Vaccination in the Punjab 1905-1918 - 1905-1918
Year: 1905
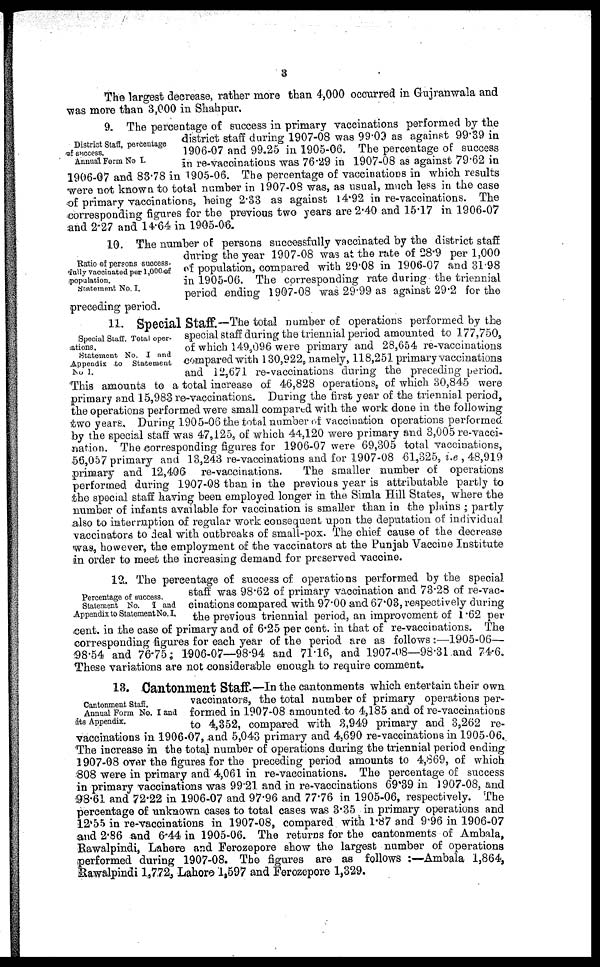
3
The largest decrease, rather more than 4,000 occurred in Gujranwala and
was more than 3,000 in Shahpur.
District Staff, percentage
of success.
Annual Form No I.
9. The percentage of success in primary vaccinations performed by the
district staff during 1907-08 was 99.09 as against 99.39 in
1906-07 and 99.25 in 1905-06. The percentage of success
in re-vaccinations was 76.29 in 1907-08 as against 79.62 in
1906-07 and 83.78 in 1905-06. The percentage of vaccinations in which results
were not known to total number in 1907-08 was, as usual, much less in the case
of primary vaccinations, being 2.33 as against 14.92 in re-vaccinations. The
corresponding figures for the previous two years are 2.40 and 15.17 in 1906-07
and 2.27 and 14.64 in 1905-06.
Ratio of persons success-
fully vaccinated per 1,000 of
population.
Statement No. I.
10. The number of persons successfully vaccinated by the district staff
during the year 1907-08 was at the rate of 28.9 per 1,000
of population, compared with 29.08 in 1906-07 and 31.98
in 1905-06. The corresponding rate during the triennial
period ending 1907-08 was 29.99 as against 29.2 for the
preceding period.
Special Staff. Total oper-
ations.
Statement No. I and
Appendix to Statement
No I.
11. Special Staff.—The total number of operations performed by the
special staff during the triennial period amounted to 177,750,
of which 149,096 were primary and 28,654 re-vaccinations
compared with 130,922 namely, 118,251 primary vaccinations
and 12,671 re-vaccinations during the preceding period.
This amounts to a total increase of 46,828 operations, of which 30,845 were
primary and 15,983 re-vaccinations During the first year of the triennial period,
the operations performed were small compared with the work done in the following
two years. During 1905-06 the total number of vaccination operations performed
by the special staff was 47,125, of which 44,120 were primary and 3,005 re-vacci-
nation. The corresponding figures for 1906-07 were 69,305 total vaccinations,
56,057 primary and 13,243 re-vaccinations and for 1907-08 61,325, i.e , 48,919
primary and 12,406 re-vaccinations.
The smaller number of operations
performed during 1907-08 than in the previous year is attributable partly to
the special staff having been employed longer in the Simla Hill States, where the
number of infants available for vaccination is smaller than in the plains ; partly
also to interruption of regular work consequent upon the deputation of individual
vaccinators to deal with outbreaks of small-pox. The chief cause of the decrease
was, however, the employment of the vaccinators at the Punjab Vaccine Institute
in order to meet the increasing demand for preserved vaccine.
Percentage of success.
Statement No. I and
Appendix to Statement No. I.
12. The percentage of success of operations performed by the special
staff was 98.62 of primary vaccination and 73.28 of re-vac-
cinations compared with 97.00 and 67.03, respectively during
the previous triennial period, an improvoment of 1.62 per
cent. in the case of primary and of 6.25 per cent. in that of re-vaccinations. The
corresponding figures for each year of the period are as follows :—1905-06—
98.54 and 76.75; 1906-07—98.94 and 71.16, and 1907-08—98.31 and 74.6.
These variations are not considerable enough to require comment.
Cantonment Staff.
Annual Form No. I and
its Appendix.
13. Cantonment Staff.—In the cantonments which entertain their own
vaccinators, the total number of primary operations per-
formed in 1907-08 amounted to 4,185 and of re-vaccinations
to 4,352, compared with 3,949 primary and 3,262 re-
vaccinations in 1906-07, and 5,043 primary and 4,690 re-vaccinations in 1905-06.
The increase in the total number of operations during the triennial period ending
1907-08 over the figures for the preceding period amounts to 4,869, of which
808 were in primary and 4,061 in re-vaccinations. The percentage of success
in primary vaccinations was 99.21 and in re-vaccinations 69.39 in 1907-08, and
98.61 and 72.22 in 1906-07 and 97.96 and 77.76 in 1905-06, respectively. The
percentage of unknown cases to total cases was 3.35 in primary operations and
12.55 in re-vaccinations in 1907-08, compared with 1.87 and 9.96 in 1906-07
and 2.86 and 6.44 in 1905-06. The returns for the cantonments of Ambala,
Rawalpindi, Lahore and Ferozepore show the largest number of operations
performed during 1907-08. The figures are as follows :—Ambala 1,864,
Rawalpindi 1,772, Lahore 1,597 and Ferozepore 1,329.